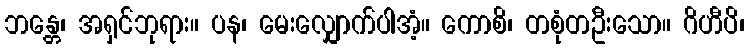
ဘန္တေ၊ အရှင်ဘုရား။ ပန၊ မေးလျှောက်ပါအံ့။ ကောစိ၊ တစုံတဦးသော။ ဂိဟီပိ၊